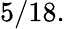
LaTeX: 5/18.